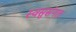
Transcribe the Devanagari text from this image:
स्वसुसंगत